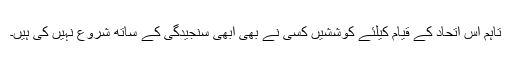
تاہم اس اتحاد کے قیام کیلئے کوششیں کسی نے بھی ابھی سنجیدگی کے ساتھ شروع نہیں کی ہیں۔